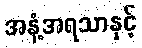
အနံ့အရသာနှင့်